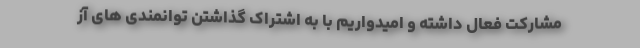
مشارکت فعال داشته و امیدواریم با به اشتراک گذاشتن توانمندی های آز